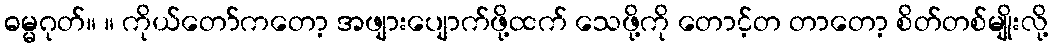
ဓမ္မဂုတ်။ ။ ကိုယ်တော်ကတော့ အဖျားပျောက်ဖို့ထက် သေဖို့ကို တောင့်တ တာတော့ စိတ်တစ်မျိုးလို့